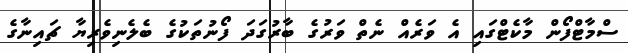
ސްމާޓްފޯން މާކެޓްގައި އެ ވަރެއް ނެތް ވަރުގެ ބާރުގަދަ ފޯނުތަކުގެ ބެލެނިވެރިޔާ ޗައިނާގެ